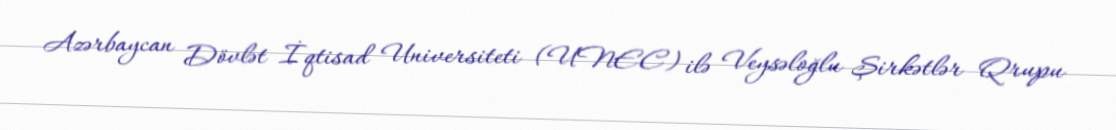
Azərbaycan Dövlət İqtisad Universiteti (UNEC) ilə Veysəloğlu Şirkətlər Qrupu